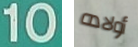
10 أولاده